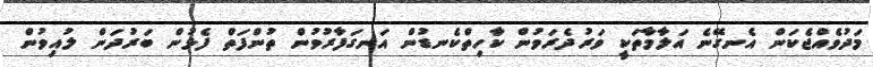
މަދުވެއްޖެކަން އެނގޭނެ އަލާމާތަކީ ވަރުދެރަވުން ކާހިތްކެނޑުން އަނގަފާރުވުން ތުންފަތް ފެޅުން ބަރުދަން ލުއިވުން